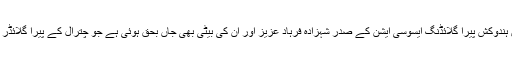
اس حادثے میں ہندوکش پیرا گلائڈنگ ایسوسی ایشن کے صدر شہزادہ فرہاد عزیز اور ان کی بیٹی بھی جاں بحق ہوئی ہے جو چترال کے پیرا گلائڈر پائلٹ بھی ہے۔